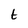
Character: t